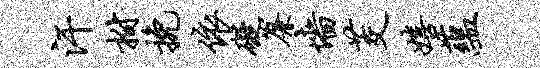
汗拊挽依碍帘墙茭嬉蕴